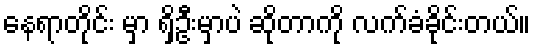
နေရာတိုင်း မှာ ရှိဦးမှာပဲ ဆိုတာကို လက်ခံခိုင်းတယ်။